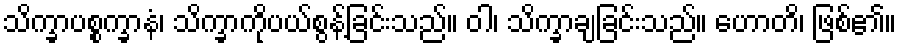
သိက္ခာပစ္စက္ခာနံ၊ သိက္ခာကိုပယ်စွန့်ခြင်းသည်။ ဝါ၊ သိက္ခာချခြင်းသည်။ ဟောတိ၊ ဖြစ်၏။